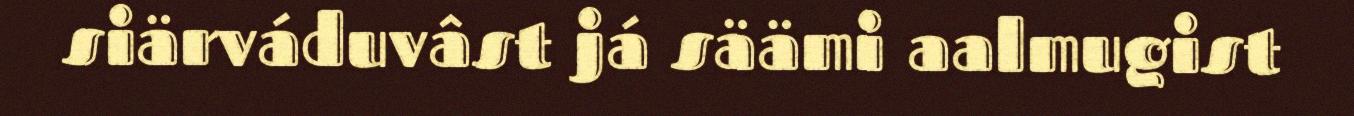
siärváduvâst já säämi aalmugist